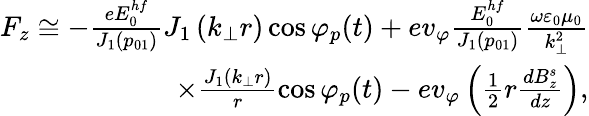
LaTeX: \begin{array}{r}{F_{z}\cong-\frac{eE_{0}^{hf}}{J_{1}\left(p_{01}\right)}J_{1}\left(k_{\perp}r\right)\cos\varphi_{p}(t)+ev_{\varphi}\frac{E_{0}^{hf}}{J_{1}\left(p_{01}\right)}\frac{\omega\varepsilon_{0}\mu_{0}}{k_{\perp}^{2}}}\\ {\times\frac{J_{1}\left(k_{\perp}r\right)}{r}\cos\varphi_{p}(t)-ev_{\varphi}\left(\frac{1}{2}r\frac{dB_{z}^{s}}{dz}\right),}\end{array}